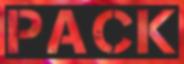
PACK